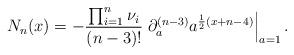
LaTeX: \begin{align*}N_{n}(x)=-\frac{\prod_{i=1}^{n}\nu_{i}}{(n-3)!}\left.\partial_{a}^{(n-3)}a^{\frac{1}{2}(x+n-4)}\right|_{a=1}.\end{align*}